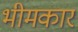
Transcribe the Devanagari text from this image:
भीमकार